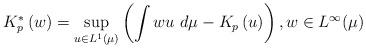
LaTeX: \begin{align*}K_{p}^{\ast }\left( w\right) =\sup_{u\in L^{1}(\mu )}\left(\int wu\ d\mu-K_{p}\left( u\right)\right), w\in L^{\infty }(\mu ) \end{align*}